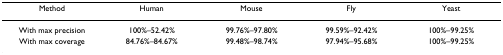
| Method | Human | Mouse | Fly | Yeast |
 | --- | --- | --- | --- | --- |
 | With max precision | 100%–52.42% | 99.76%–97.80% | 99.59%–92.42% | 100%–99.25% |
 | With max coverage | 84.76%–84.67% | 99.48%–98.74% | 97.94%–95.68% | 100%–99.25% |